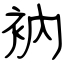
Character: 衲